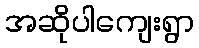
အဆိုပါကျေးရွာ